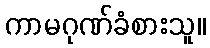
ကာမဂုဏ်ခံစားသူ။